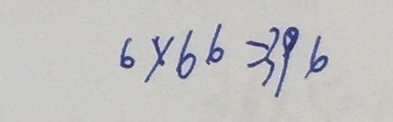
6 \times 6 6 = 3 9 6